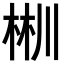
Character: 𣒜